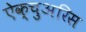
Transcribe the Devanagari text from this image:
ऐक्चुअरिस